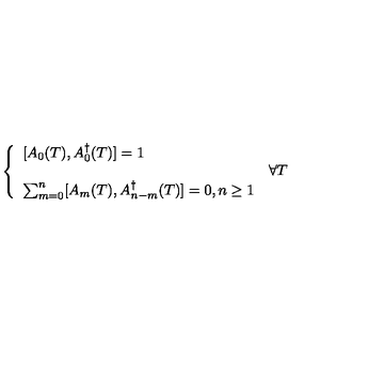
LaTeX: \left\{ \begin{array} { l l } { \displaystyle [ A _ { 0 } ( T ) , A _ { 0 } ^ { \dag } ( T ) ] = 1 } & { } \\ { } & { \forall T } \\ { \sum _ { m = 0 } ^ { n } [ A _ { m } ( T ) , A _ { n - m } ^ { \dag } ( T ) ] = 0 , n \geq 1 } & { } \\ \end{array} \right.